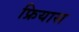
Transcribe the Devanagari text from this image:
फ्रियास